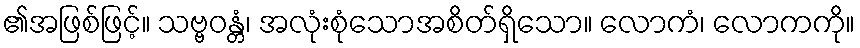
၏အဖြစ်ဖြင့်။ သဗ္ဗဝန္တံ၊ အလုံးစုံသောအစိတ်ရှိသော။ လောကံ၊ လောကကို။